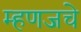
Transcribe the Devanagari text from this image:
म्हणजचे